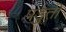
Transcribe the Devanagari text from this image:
पडुती